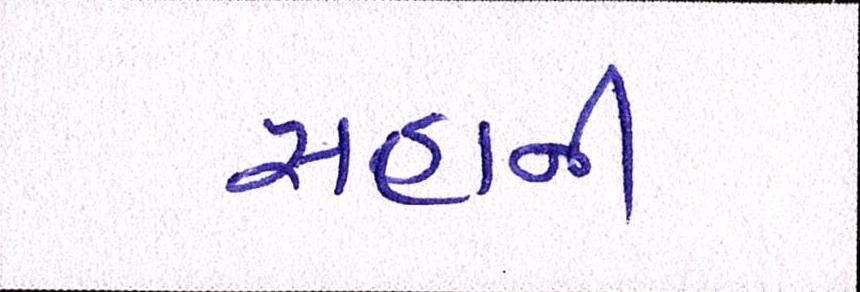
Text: સહાની